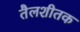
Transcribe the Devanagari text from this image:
तैलशीतक